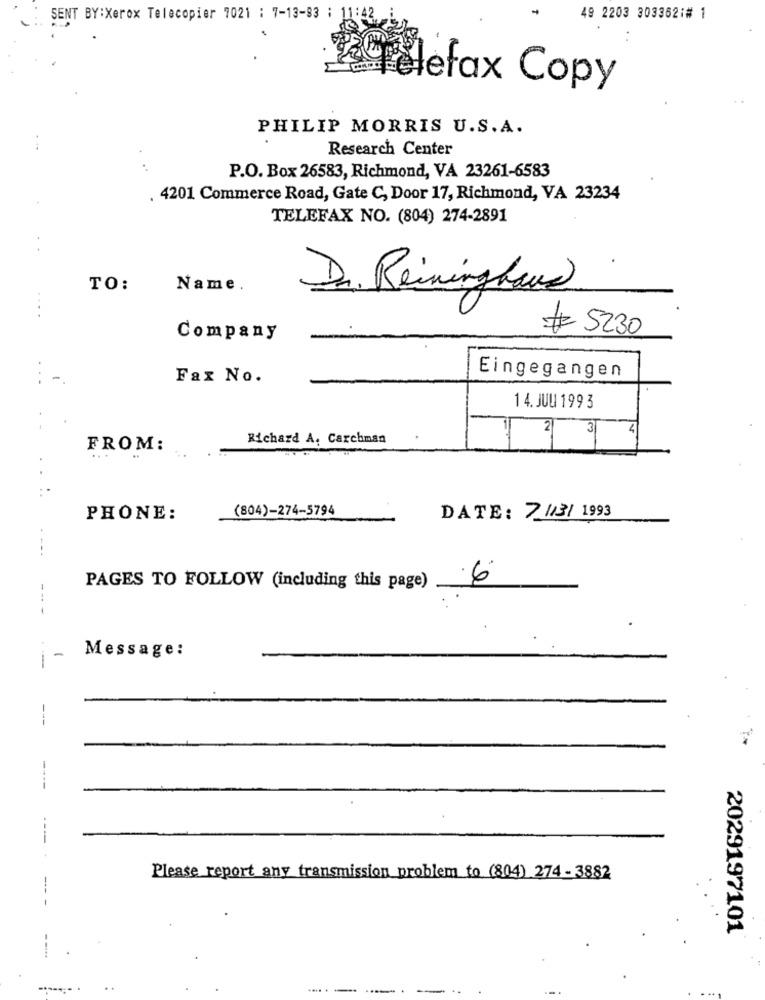
SENT BY:Xerox Telecopier 7021 : 7-13-93 ;
49 2203 303362:# 1
telefax Copy
PHILIP MORRIS U.S. A.
Research Center
P.O. Box 26583, Richmond, VA 23261-6583
. 4201 Commerce Road, Gate C, Door 17, Richmond, VA 23234
TELEFAX NO. (804) 274-2891
TO:
Name.
Dr. Reininghave
# 5230
Company
Fax No.
Eingegangen
14. JUU 199 3
2
31
4
Richard A. Carchman
FROM:
(804)-274-5794
PHONE:
DATE: 7 //3/ 1993
---
PAGES TO FOLLOW (including this page) 6
-
Message:
---
----
Please report any transmission problem to (804) 274 - 3882
2029197101